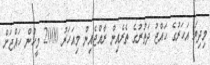
މިދިޔަ އަހަރުގެ ހައްޖު ދަތުރުގެ ތެރެއިން ރާއްޖެއިން މިއަހަރު 2000 މީހުން ހައްޖަށް